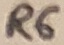
Text: R6